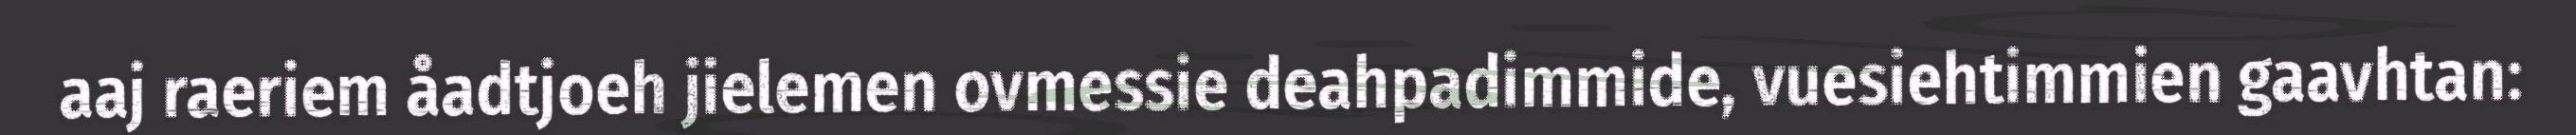
aaj raeriem åadtjoeh jielemen ovmessie deahpadimmide, vuesiehtimmien gaavhtan: